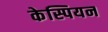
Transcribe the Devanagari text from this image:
केस्पियन